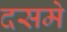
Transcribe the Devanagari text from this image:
दसमे